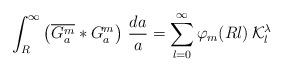
LaTeX: \begin{align*}\int_R^\infty\left(\overline{G_a^m}\ast G_a^m\right)\,\frac{da}{a}=\sum_{l=0}^\infty\varphi_m(Rl)\,\mathcal K_l^\lambda\end{align*}